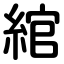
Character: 綰